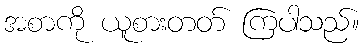
အစာကို ယူစားတတ် ကြပါသည်။